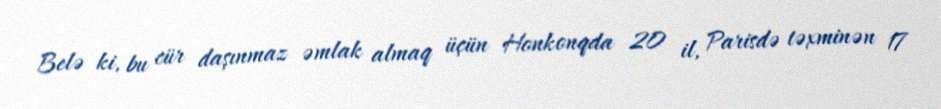
Belə ki, bu cür daşınmaz əmlak almaq üçün Honkonqda 20 il, Parisdə təxminən 17